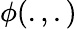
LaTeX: \phi(.,.)